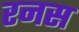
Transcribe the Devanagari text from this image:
रनस